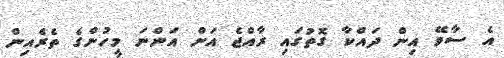
އެ ސާވޭ އިން ދައްކާ ގޮތުގައި ރާއްޖެ އަށް އަންނަ މީހުންގެ ތެރެއިން